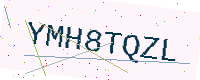
Text: YMH8TQZL